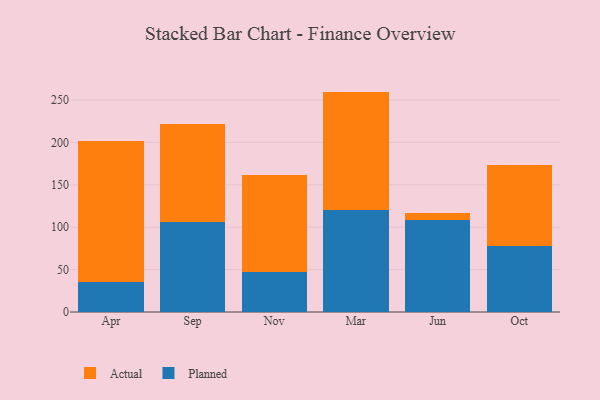
{"axis": {"x": "Month", "y": "Operating Costs (USD K)"}, "legend": ["Actual", "Planned"], "data": [{"x": "Apr", "y": 35.1, "type": "Planned"}, {"x": "Apr", "y": 167.1, "type": "Actual"}, {"x": "Sep", "y": 105.8, "type": "Planned"}, {"x": "Sep", "y": 115.8, "type": "Actual"}, {"x": "Nov", "y": 47.2, "type": "Planned"}, {"x": "Nov", "y": 114.6, "type": "Actual"}, {"x": "Mar", "y": 120.8, "type": "Planned"}, {"x": "Mar", "y": 139.1, "type": "Actual"}, {"x": "Jun", "y": 108.7, "type": "Planned"}, {"x": "Jun", "y": 8.2, "type": "Actual"}, {"x": "Oct", "y": 77.8, "type": "Planned"}, {"x": "Oct", "y": 95.2, "type": "Actual"}]}